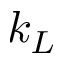
k _ { L }